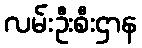
လမ်းဦးစီးဌာန